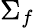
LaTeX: \Sigma_{f}